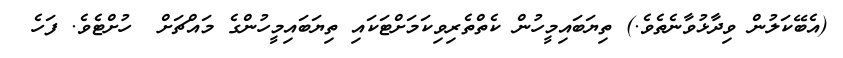
(އެބޭކަލުން ވިދާޅުވާނެތެވެ.) ތިޔަބައިމީހުން ކެތްތެރިވިކަމަށްޓަކައި ތިޔަބައިމީހުންގެ މައްޗަށް  ހުށްޓެވެ. ފަހެ